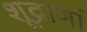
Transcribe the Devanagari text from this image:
शूद्राणां